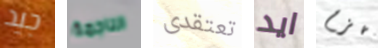
جيد الناجمة تعتقدى ايد تهزم